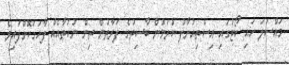
މައްސަލަ ހައި ކޯޓުގައި އިސްތިއުނާފު ކުރަމުން ބާސިތުގެ ފަރާތުން ތިން ނުކުތާއެއް ފާހަގަކޮށްފައިވެ